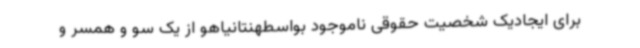
برای ایجادیک شخصیت حقوقی ناموجود بواسطهنتانیاهو از یک سو و همسر و